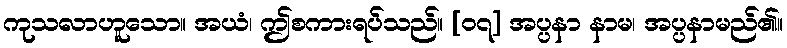
ကုသလာဟူသော။ အယံ၊ ဤစကားရပ်သည်။ [၀၇] အပ္ပနာ နာမ၊ အပ္ပနာမည်၏။